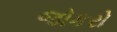
જોકરો